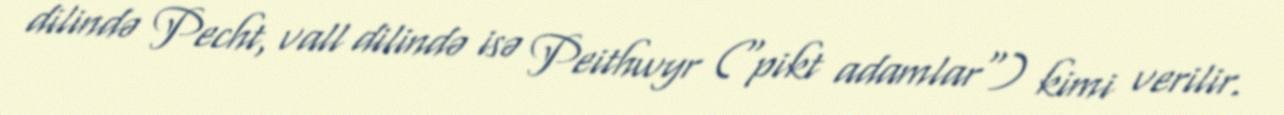
dilində Pecht, vall dilində isə Peithwyr ("pikt adamlar") kimi verilir.